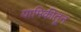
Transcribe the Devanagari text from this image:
यामिकीतून